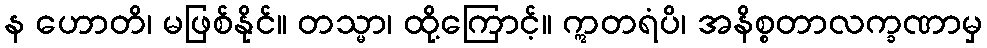
န ဟောတိ၊ မဖြစ်နိုင်။ တသ္မာ၊ ထို့ကြောင့်။ ဣတရံပိ၊ အနိစ္စတာလက္ခဏာမှ